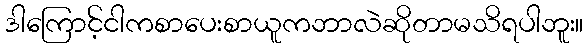
ဒါကြောင့်ငါကစာပေးစာယူကဘာလဲဆိုတာမသိရပါဘူး။